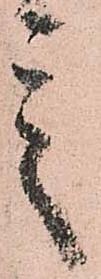
言